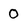
Character: 0